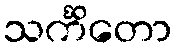
သင်္ကိတော